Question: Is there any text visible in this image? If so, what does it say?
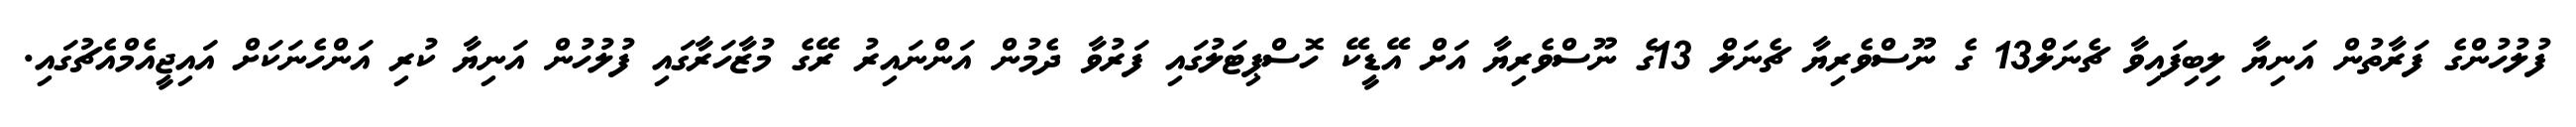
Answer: ފުލުހުންގެ ފަރާތުން އަނިޔާ ލިބިފައިވާ ޗެނަލް13 ގެ ނޫސްވެރިޔާ ޗެނަލް 13ގެ ނޫސްވެރިޔާ އަށް އޭޑީކޭ ހޮސްޕިޓަލުގައި ފަރުވާ ދެމުން އަންނައިރު ރޭގެ މުޒާހަރާގައި ފުލުހުން އަނިޔާ ކުރި އަންހެނަކަށް އައިޖީއެމްއެޗުގައި.